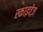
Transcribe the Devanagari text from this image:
स्काइवेज़